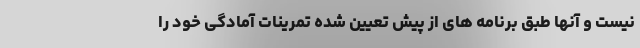
نیست و آنها طبق برنامه های از پیش تعیین شده تمرینات آمادگی خود را